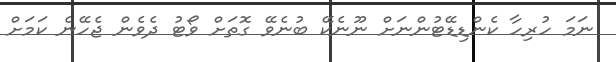
ނަމަ ހުރިހާ ކެންޑިޑޭޓުންނަށް ނޫނެކޭ ބުނެވޭ ގޮތަށް ވޯޓު ދެވެން ޖެހޭނެ ކަމަށް